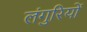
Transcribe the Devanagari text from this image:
लंगुरियों